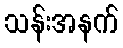
သန်းအနက်